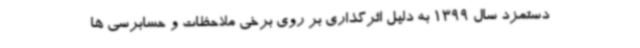
دستمزد سال 1399 به دلیل اثرگذاری بر روی برخی ملاحظات و حسابرسی ها